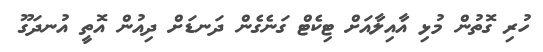
ހުރި ގޮތުން މުޅި އާއިލާއަށް ޓިކެޓް ގަނެގެން ދަނޑަށް ދިއުން އޮތީ އުނދަގޫ